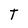
Character: T